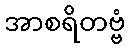
အာစရိတဗ္ဗံ